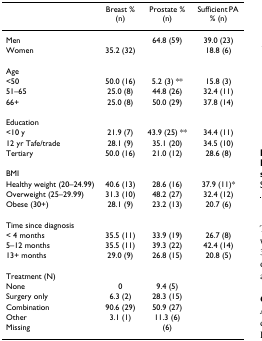
|  | Breast % (n) | Prostate % (n) | Sufficient PA % (n) |
 | --- | --- | --- | --- |
 | Men |  | 64.8 (59) | 39.0 (23) |
 | Women | 35.2 (32) |  | 18.8 (6) |
 | Age |  |  |  |
 | <50 | 50.0 (16) | 5.2 (3) ** | 15.8 (3) |
 | 51–65 | 25.0 (8) | 44.8 (26) | 32.4 (11) |
 | 66+ | 25.0 (8) | 50.0 (29) | 37.8 (14) |
 | Education |  |  |  |
 | <10 y | 21.9 (7) | 43.9 (25) ** | 34.4 (11) |
 | 12 yr Tafe/trade | 28.1 (9) | 35.1 (20) | 34.5 (10) |
 | Tertiary | 50.0 (16) | 21.0 (12) | 28.6 (8) |
 | BMI |  |  |  |
 | Healthy weight (20–24.99) | 40.6 (13) | 28.6 (16) | 37.9 (11)* |
 | Overweight (25–29.99) | 31.3 (10) | 48.2 (27) | 32.4 (12) |
 | Obese (30+) | 28.1 (9) | 23.2 (13) | 20.7 (6) |
 | Time since diagnosis |  |  |  |
 | < 4 months | 35.5 (11) | 33.9 (19) | 26.7 (8) |
 | 5–12 months | 35.5 (11) | 39.3 (22) | 42.4 (14) |
 | 13+ months | 29.0 (9) | 26.8 (15) | 20.8 (5) |
 | Treatment (N) |  |  |  |
 | None | 0 | 9.4 (5) |  |
 | Surgery only | 6.3 (2) | 28.3 (15) |  |
 | Combination | 90.6 (29) | 50.9 (27) |  |
 | Other | 3.1 (1) | 11.3 (6) |  |
 | Missing |  | (6) |  |